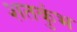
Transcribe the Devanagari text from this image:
शतकुंभ